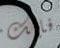
فإنك